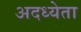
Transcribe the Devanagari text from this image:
अदध्येता